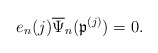
\begin{align*} e_n(j) \overline{\Psi}_n(\mathfrak{p}^{(j)}) = 0.\end{align*}